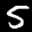
Label: 5